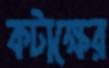
কটাক্ষের